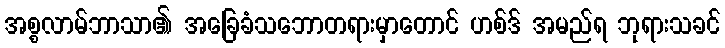
အစ္စလာမ်ဘာသာ၏ အခြေခံသဘောတရားမှာတောင် ဟစ်ဒ် အမည်ရ ဘုရားသခင်